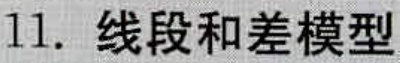
11. 线段和差模型